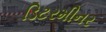
ડિટરમીનર